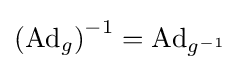
\left(\operatorname {Ad} _{g}\right)^{-1}=\operatorname {Ad} _{g^{-1}}